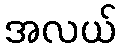
အလယ်